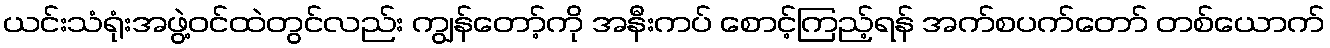
ယင်းသံရုံးအဖွဲ့ဝင်ထဲတွင်လည်း ကျွန်တော့်ကို အနီးကပ် စောင့်ကြည့်ရန် အက်စပက်တော် တစ်ယောက်